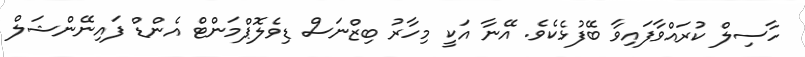
ހާސިލް ކުރައްވާފައިވާ ބޭފުޅެކެވެ. އޭނާ އަކީ މިހާރު ބިޒްނަސް ޑިވެލޮޕްމަންޓް އެންޑް ފައިނޭންޝަލް